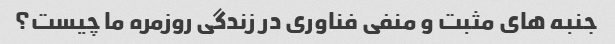
جنبه های مثبت و منفی فناوری در زندگی روزمره ما چیست؟